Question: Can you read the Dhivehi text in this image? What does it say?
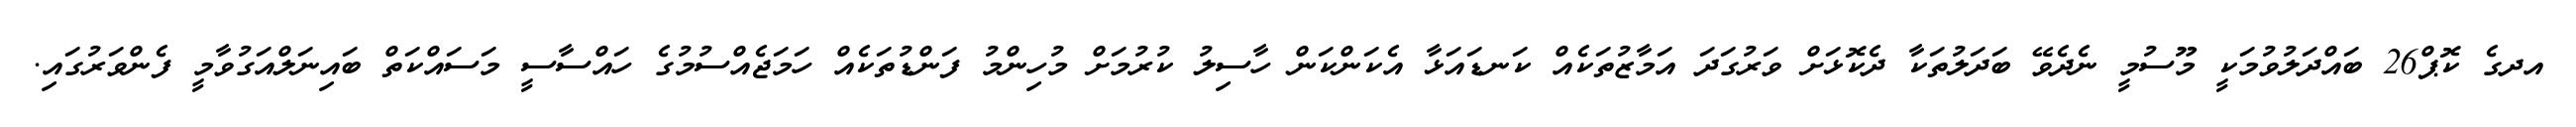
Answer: އދގެ ކޮޕް26 ބައްދަލުވުމަކީ މޫސުމީ ނެދެވޭ ބަދަލުތަކާ ދެކޮޅަށް ވަރުގަދަ އަމާޒުތަކެއް ކަނޑައަޅާ އެކަންކަން ހާސިލު ކުރުމަށް މުހިންމު ފަންޑުތަކެއް ހަމަޖެއްސުމުގެ ހައްސާސީ މަސައްކަތް ބައިނަލްއަގުވާމީ ފެންވަރުގައި.